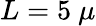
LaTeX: L=5\ \mu